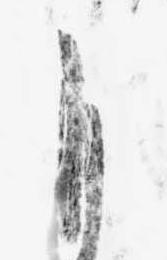
自